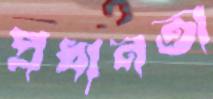
প্রধানতা